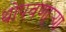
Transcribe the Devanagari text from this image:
थोपवणा्र्‍या